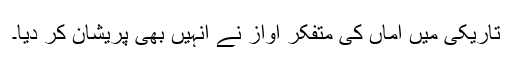
تاریکی میں اماں کی متفکر آواز نے انہیں بھی پریشان کر دیا۔